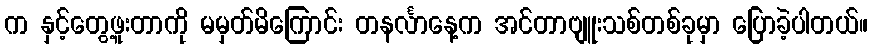
က နှင့်တွေ့ဖူးတာကို မမှတ်မိကြောင်း တနင်္လာနေ့က အင်တာဗျူးသစ်တစ်ခုမှာ ပြောခဲ့ပါတယ်။